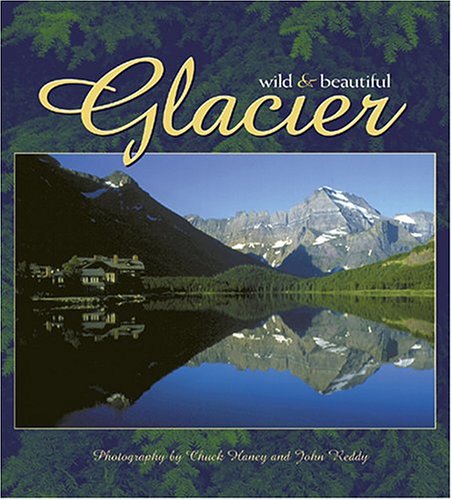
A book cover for Glacier Wild and Beautiful; Chuck Haney; Travel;